Reports on dispensaries and lunatic asylums in the Province of Oudh - 1869-1876
Year: 1869
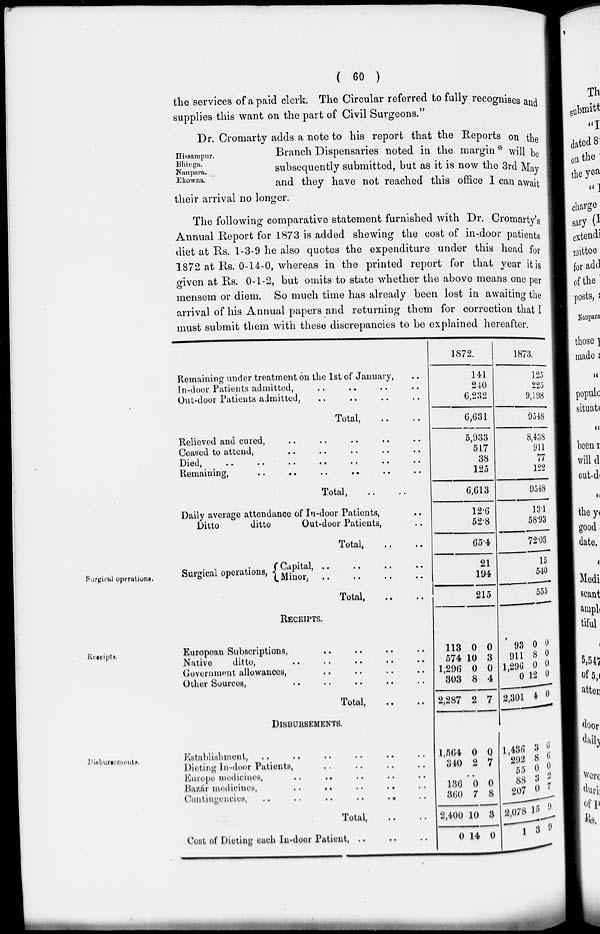
( 60 )
the services of a paid clerk. The Circular referred to fully recognises and
supplies this want on the part of Civil Surgeons."
Hissampur.
Bhinga.
Nanpara.
Ekowna.
Dr. Cromarty adds a note to his report that the Reports on the
Branch Dispensaries noted in the margin* will be
subsequently submitted, but as it is now the 3rd May
and they have not reached this office I can await
their arrival no longer.
The following comparative statement furnished with Dr. Cromarty's
Annual Report for 1873 is added shewing the cost of in-door patients
diet at Rs. 1-3-9 he also quotes the expenditure under this head for
1872 at Rs. 0-14-0, whereas in the printed report for that year it is
given at Rs. 0-1-2, but omits to state whether the above means one per
mensem or diem. So much time has already been lost in awaiting the
arrival of his Annual papers and returning them for correction that I
must submit them with these discrepancies to be explained hereafter.
Surgical operations.
Remaining under treatment on the 1st of January, ..
In-door Patients admitted, .. .. .. ..
Out-door Patients admitted, .. .. .. ..
Total, .. ..
Relieved and cured, .. .. .. .. ..
Ceased to attend, .. .. .. .. ..
Died ,
..
..
..
..
..
Remaining, .. .. .. .. ..
Total, .. ..
Daily average attendance of In-door Patients, ..
Ditto
ditto
Out-door Patients, ..
Total, .. ..
Surgical operations,
Capital, .. .. .. ..
Minor, .. .. .. ..
Total, .. ..
1872.
141
240
6,232
6,631
5,933
517
38
125
6,613
12.6
52.8
65.4
21
194
215
1873.
125
225
9,198
9548
8,438
911
77
122
9548
13.1
58.93
72.03
15
540
555
Receipts.
RECEIPTS.
European Subscriptions, .. .. .. ..
Native
ditto, .. .. .. .. ..
Government allowances, .. .. .. ..
Other Sources, .. .. .. .. ..
Total, .. ..
113
574
1,296
303
2,287
0
10
0
8
2
0
3
0
4
7
93
911
1,296
0
2,301
0
8
0
12
4
0
0
0
0
0
Disbursements.
DISBURSEMENTS.
Establishment, .. .. .. .. .. ..
Dieting In-door Patients, .. .. .. ..
Europe medicines, .. .. .. .. ..
Bazár medicines, .. .. .. .. ..
Contingencies,
..
..
..
..
..
Total, .. ..
Cost of Dieting each In-door Patient, .. .. ..
1,564
340
0
2
0
7
..
136
360
2,400
0
0
7
10
14
0
8
3
0
1,436
292
55
88
207
2,078
1
3
8
3
3
0
15
3
6
6
0
2
7
9
9